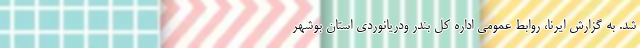
شد. به گزارش ایرنا، روابط عمومی اداره کل بندر ودریانوردی استان بوشهر